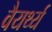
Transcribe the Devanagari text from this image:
वैयर्थ्य